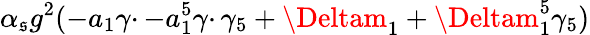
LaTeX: \alpha_{\mathfrak{s}}g^{2}(-a_{1}\gamma\cdotp-a_{1}^{5}\gamma\cdotp\gamma_{5}+\Deltam_{1}+\Deltam_{1}^{5}\gamma_{5})